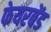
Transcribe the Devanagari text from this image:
फेयरबेंड